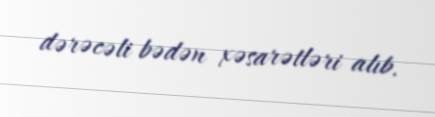
dərəcəli bədən xəsarətləri alıb.